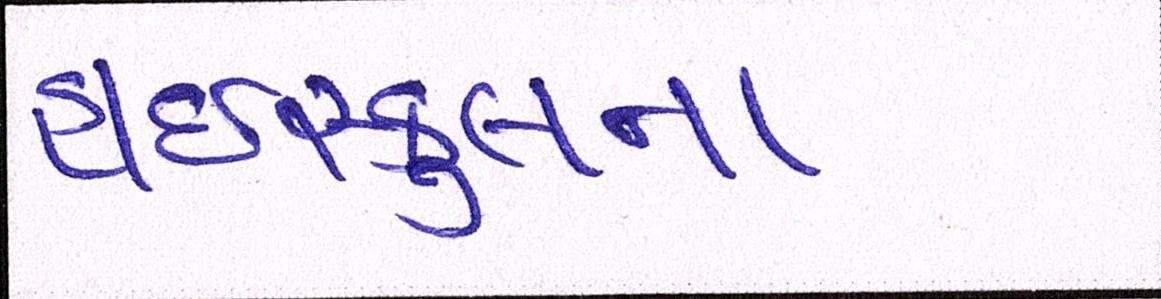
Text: હાઇસ્કુલના